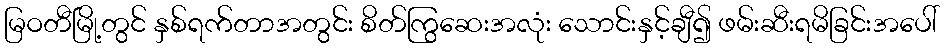
မြဝတီမြို့တွင် နှစ်ရက်တာအတွင်း စိတ်ကြွဆေးအလုံး သောင်းနှင့်ချီ၍ ဖမ်းဆီးရမိခြင်းအပေါ်